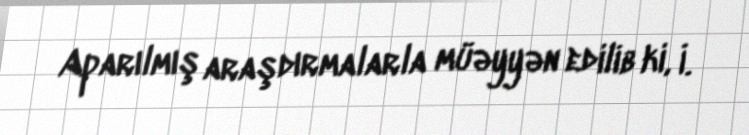
Aparılmış araşdırmalarla müəyyən edilib ki, İ.